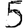
Digit: 5